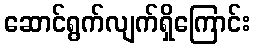
ဆောင်ရွက်လျက်ရှိကြောင်း